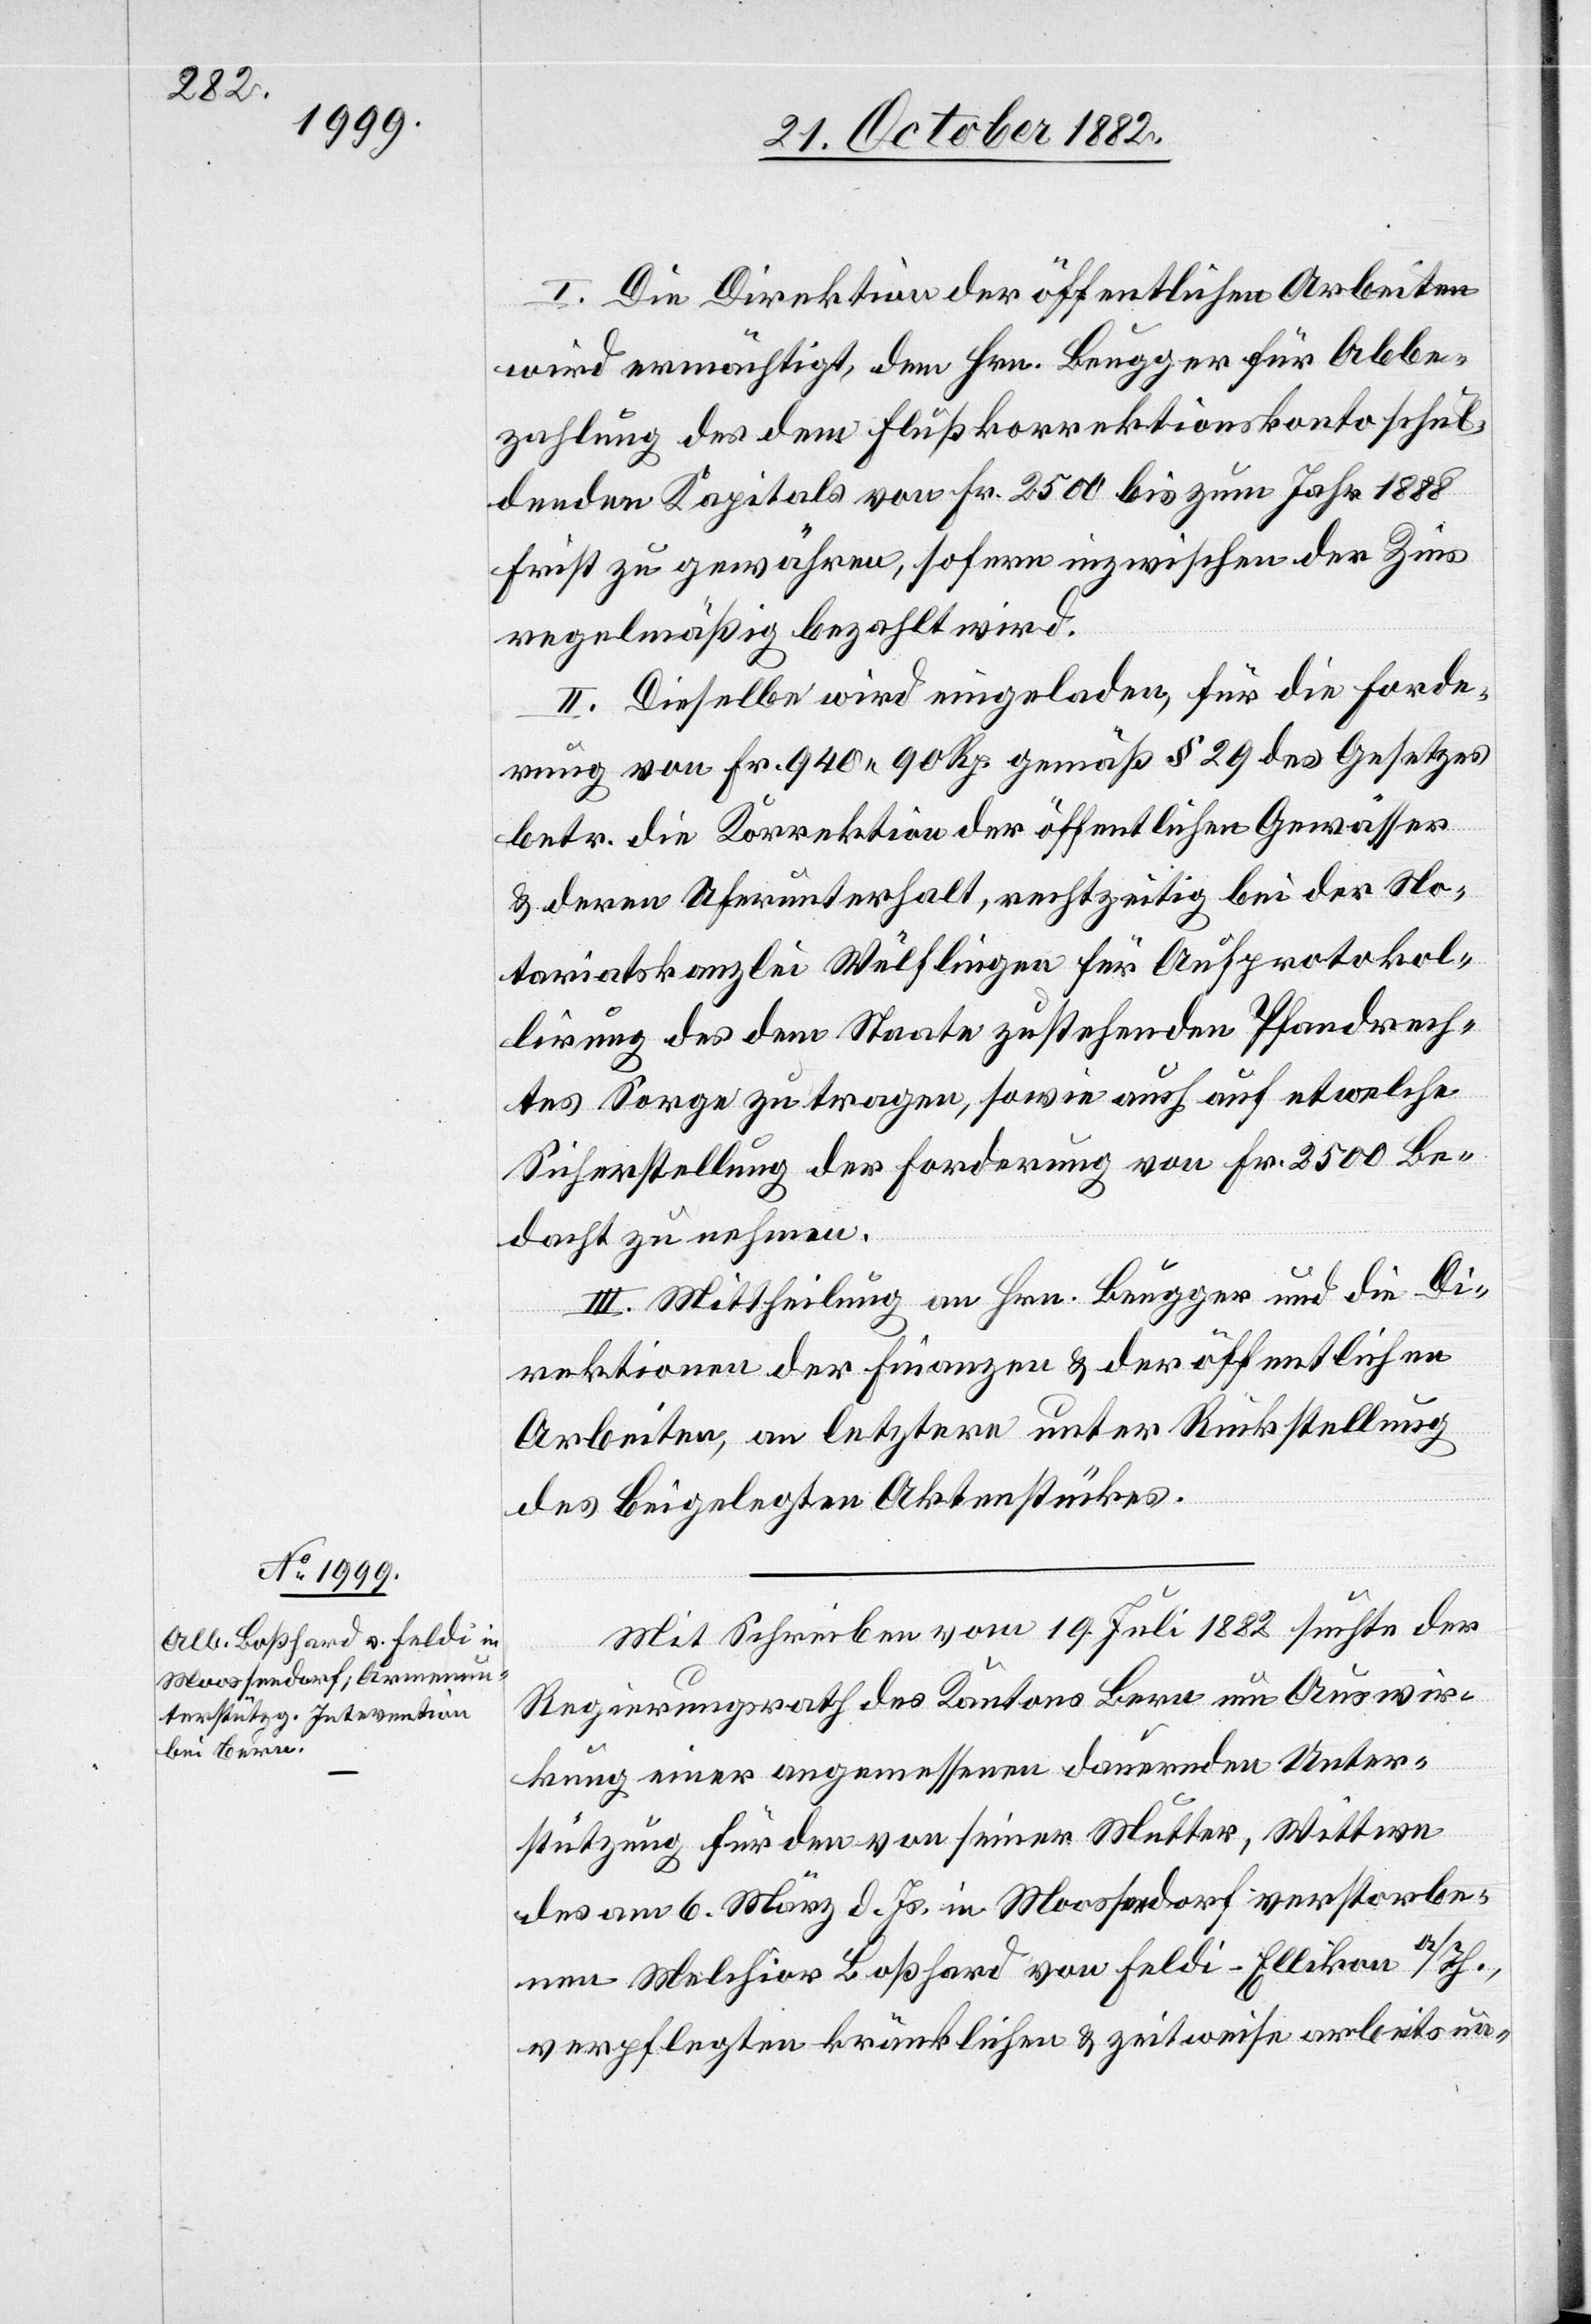
Mit Schreiben vom 19. Juli 1882 suchte der
Regierungsrath des Kantons Bern um Auswir¬
kung einer angemessenen dauernden Unter¬
stützung für den von seiner Mutter, Wittwe
des am 6. März d. Js. in Moosseedorf verstorbe¬
nen Melchior Boßhard von Feldi - Ellikon a/Rh.,
verpflegten kränklichen & zeitweise arbeitsun-